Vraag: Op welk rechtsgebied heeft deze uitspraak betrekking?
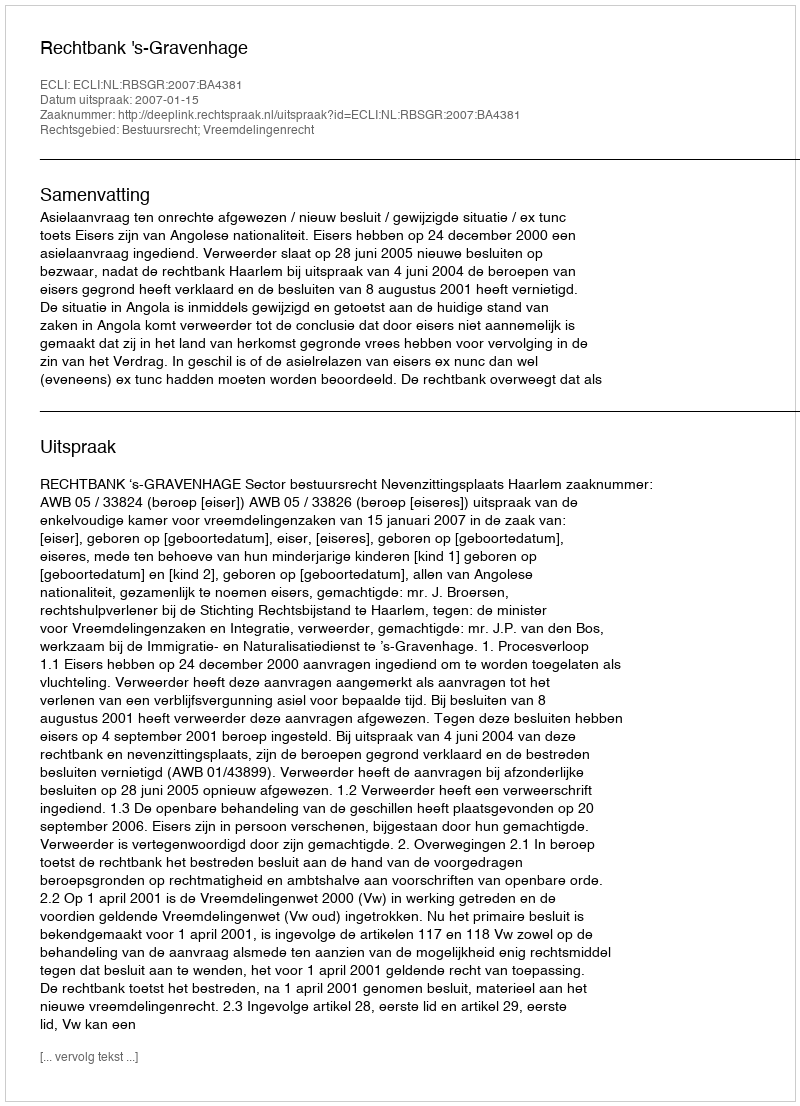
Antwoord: Bestuursrecht; Vreemdelingenrecht